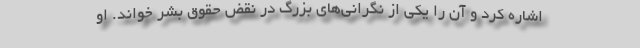
اشاره کرد و آن را یکی از نگرانی‌های بزرگ در نقض حقوق بشر خواند. او